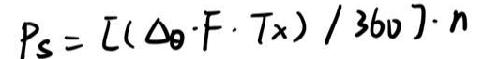
\[ P_s = [(\Delta_{\theta}\cdot F\cdot T_x)/360]\cdot n \]